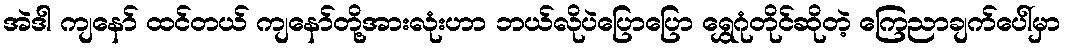
အဲဒါ ကျနော် ထင်တယ် ကျနော်တို့အားလုံးဟာ ဘယ်လိုပဲပြောပြော ရွှေဂုံတိုင်ဆိုတဲ့ ကြေညာချက်ပေါ်မှာ